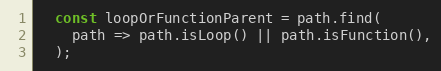
Language: JavaScript
  const loopOrFunctionParent = path.find(
    path => path.isLoop() || path.isFunction(),
  );